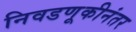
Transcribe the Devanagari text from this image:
निवडणूकीनंतर